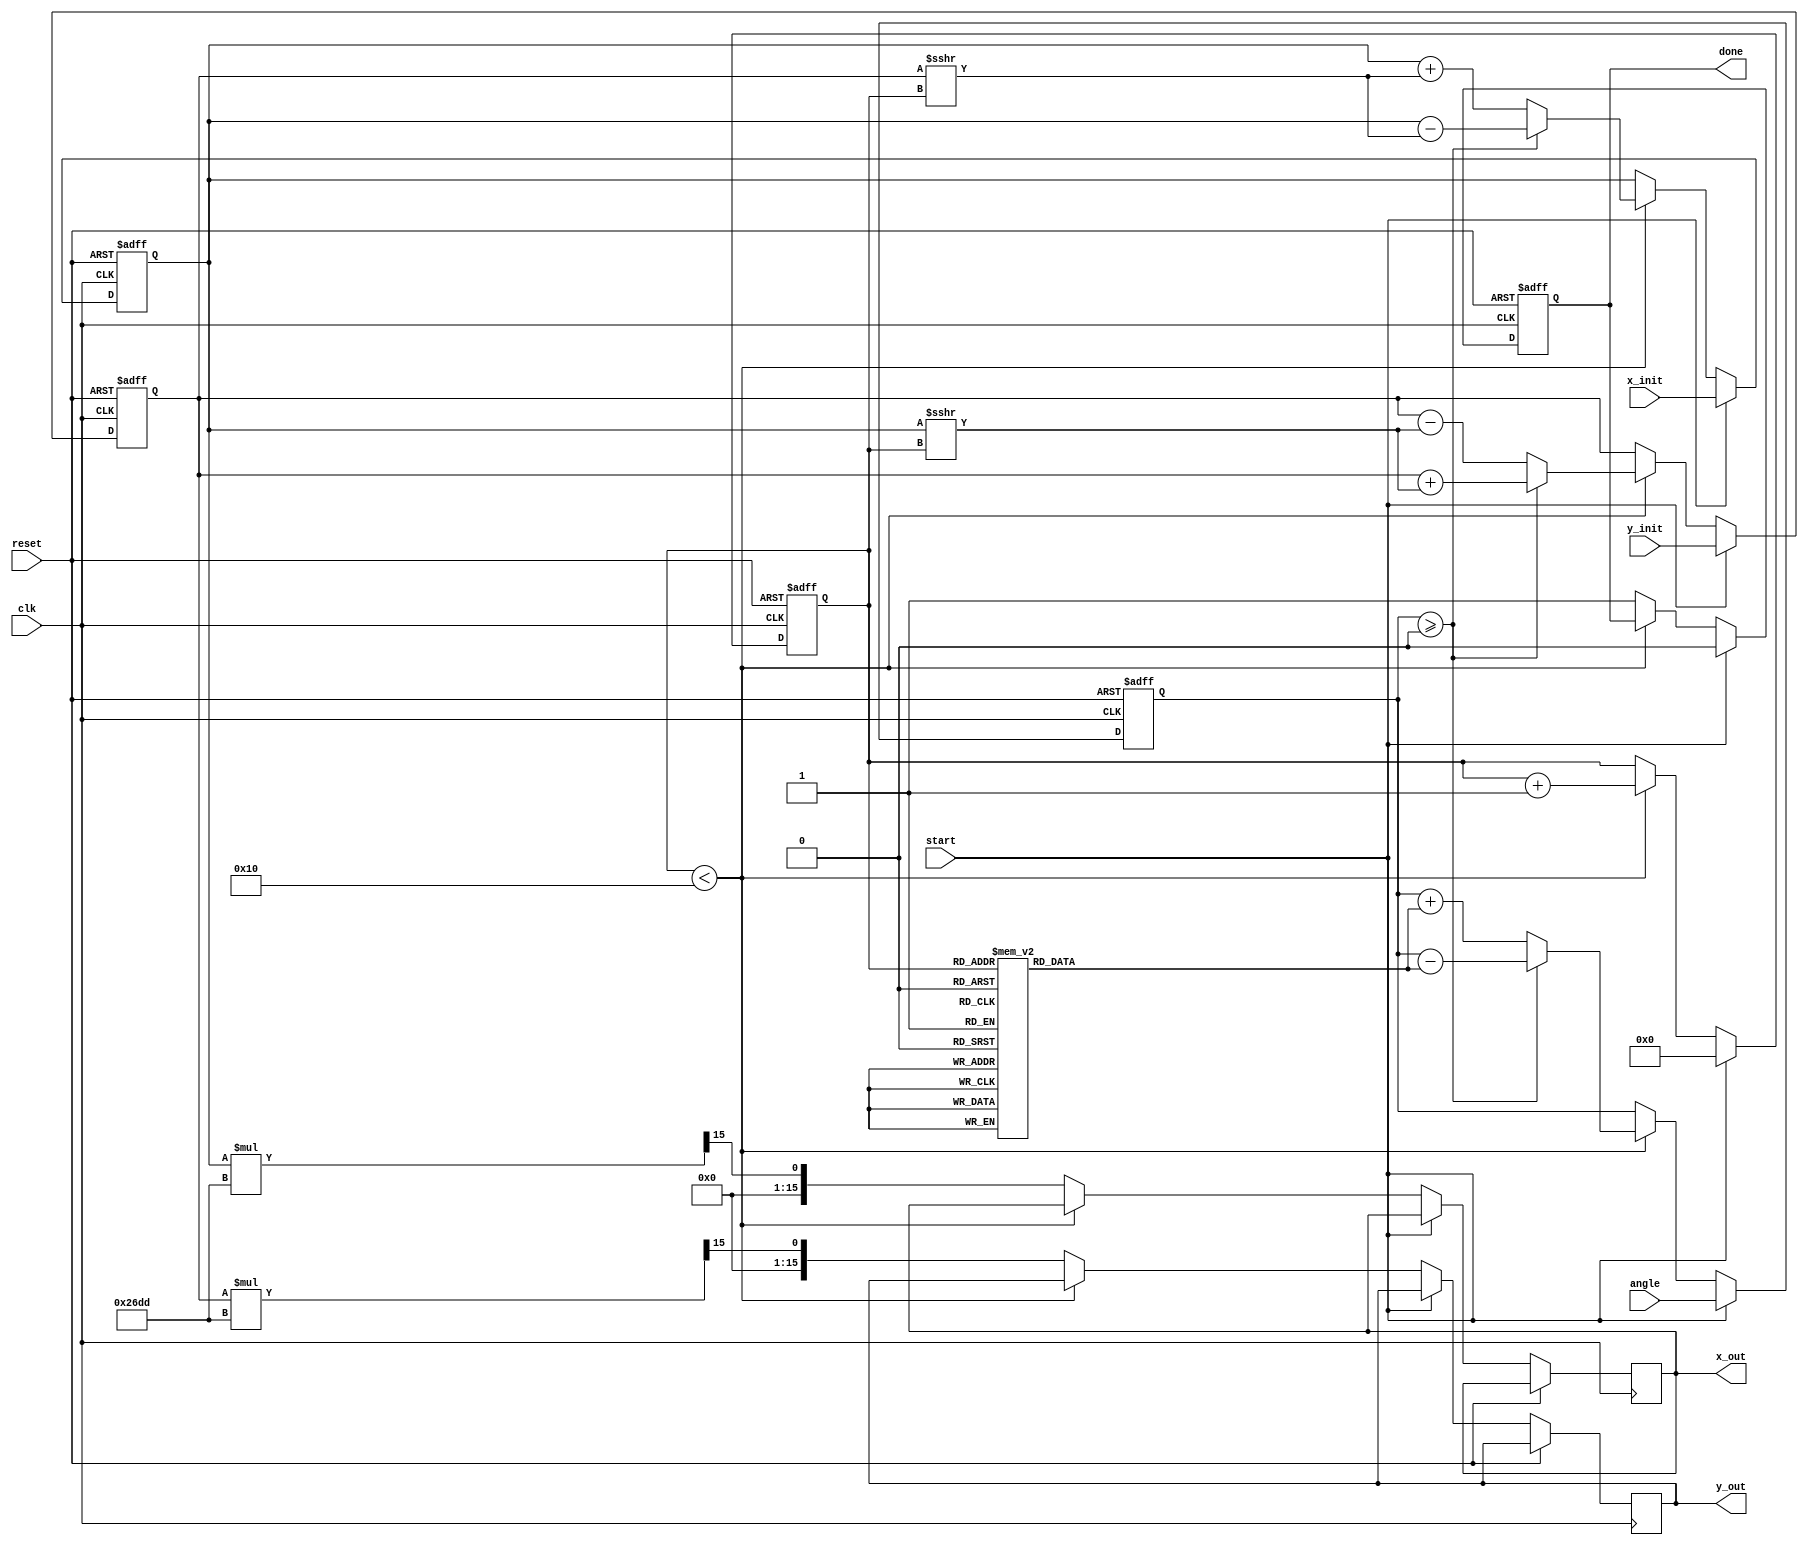
module cordic #(
    parameter WIDTH = 16,       // Width of the fixed-point representation
    parameter ITERATIONS = 16   // Number of iterations
)(
    input  wire clk,
    input  wire reset,
    input  wire start,
    input  wire [WIDTH-1:0] angle, // Input angle in radians (fixed-point)
    input  wire [WIDTH-1:0] x_init, // Initial X vector
    input  wire [WIDTH-1:0] y_init, // Initial Y vector
    output reg [WIDTH-1:0] x_out,    // Output X vector
    output reg [WIDTH-1:0] y_out,    // Output Y vector
    output reg done                   // Done signal
);

    // Internal Registers
    reg [WIDTH-1:0] x_reg;
    reg [WIDTH-1:0] y_reg;
    reg [WIDTH-1:0] z_reg;
    reg [3:0] count;

    // CORDIC gain
    localparam K = 16'h26DD; // Fixed-point representation of the scaling factor

    // Precomputed arctan (arctan(2^-i) * 2^WIDTH for fixed-point)
    reg [WIDTH-1:0] atan_table [0:ITERATIONS-1];

    initial begin
        // Populate the arctan table
        atan_table[0] = 16'h2000; // atan(1) = pi/4
        atan_table[1] = 16'h1666; // atan(1/2)
        atan_table[2] = 16'h0DBE; // atan(1/4)
        atan_table[3] = 16'h08B4; // atan(1/8)
        atan_table[4] = 16'h0452; // atan(1/16)
        atan_table[5] = 16'h0228; // atan(1/32)
        atan_table[6] = 16'h0112; // atan(1/64)
        atan_table[7] = 16'h0089; // atan(1/128)
        atan_table[8] = 16'h0044; // atan(1/256)
        atan_table[9] = 16'h0022; // atan(1/512)
        atan_table[10] = 16'h0011; // atan(1/1024)
        atan_table[11] = 16'h0008; // atan(1/2048)
        atan_table[12] = 16'h0004; // atan(1/4096)
        atan_table[13] = 16'h0002; // atan(1/8192)
        atan_table[14] = 16'h0001; // atan(1/16384)
        atan_table[15] = 16'h0001; // atan(1/32768)
    end

    // Control Logic
    always @(posedge clk or posedge reset) begin
        if (reset) begin
            x_reg <= 0;
            y_reg <= 0;
            z_reg <= 0;
            count <= 0;
            done <= 0;
        end else if (start) begin
            // Initialize registers
            x_reg <= x_init;
            y_reg <= y_init;
            z_reg <= angle;
            count <= 0;
            done <= 0;
        end else if (count < ITERATIONS) begin
            // CORDIC iteration
            if (z_reg >= 0) begin
                // Rotate counterclockwise
                x_reg <= x_reg - (y_reg >>> count);
                y_reg <= y_reg + (x_reg >>> count);
                z_reg <= z_reg - atan_table[count]; 
            end else begin
                // Rotate clockwise
                x_reg <= x_reg + (y_reg >>> count);
                y_reg <= y_reg - (x_reg >>> count);
                z_reg <= z_reg + atan_table[count]; 
            end

            // Increment the count
            count <= count + 1;
        end else begin
            // Final scaling and output
            x_out <= x_reg * K >>> (WIDTH - 1); // Scale output
            y_out <= y_reg * K >>> (WIDTH - 1); // Scale output
            done <= 1; // Signal completion
        end
    end
endmodule